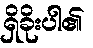
ရှိခိုးပါ၏